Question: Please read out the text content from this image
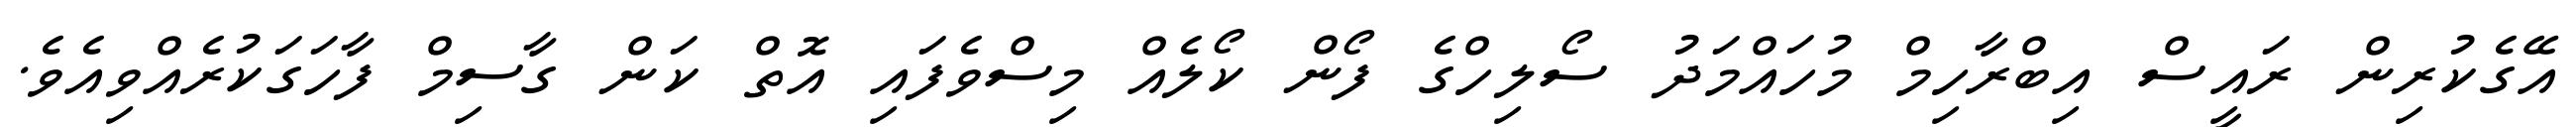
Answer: އޭގެކުރިން ރައީސް އިބްރާހިމް މުހައްމަދު ސޯލިހްގެ ފޯން ކޯލެއް މިސްވެފައި އޮތް ކަން ގާސިމް ފާހަގަކުރެއްވިއެވެ.